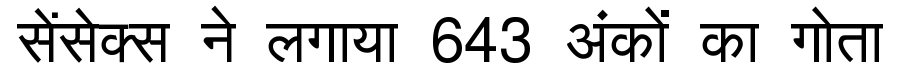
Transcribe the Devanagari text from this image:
सेंसेक्स ने लगाया 643 अंकों का गोता